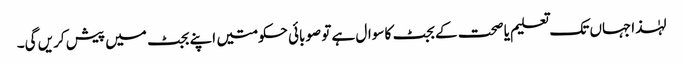
لہٰذاجہاں تک تعلیم یا صحت کے بجٹ کا سوال ہے تو صوبائی حکومتیں اپنے بجٹ میں پیش کریں گی۔